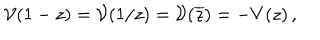
{ \cal V } ( 1 - z ) = { \cal V } ( 1 / z ) = { \cal V } ( \overline { { { z } } } ) = - V ( z ) \, ,